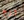
ورم